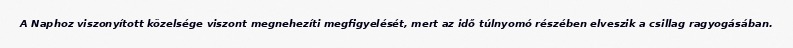
A Naphoz viszonyított közelsége viszont megnehezíti megfigyelését, mert az idő túlnyomó részében elveszik a csillag ragyogásában.